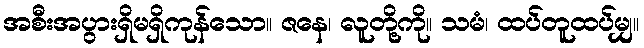
အစီးအပွားရှိမရှိကုန်သော။ ဇနေ၊ လူတို့ကို။ သမံ၊ ထပ်တူထပ်မျှ။